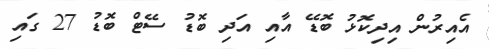
އެއިރުން އިދިކޮޅު ބޮޑޭ އާއި އަދި ބޮޑު ސޭޓް ބޮޑު 27 ގައި